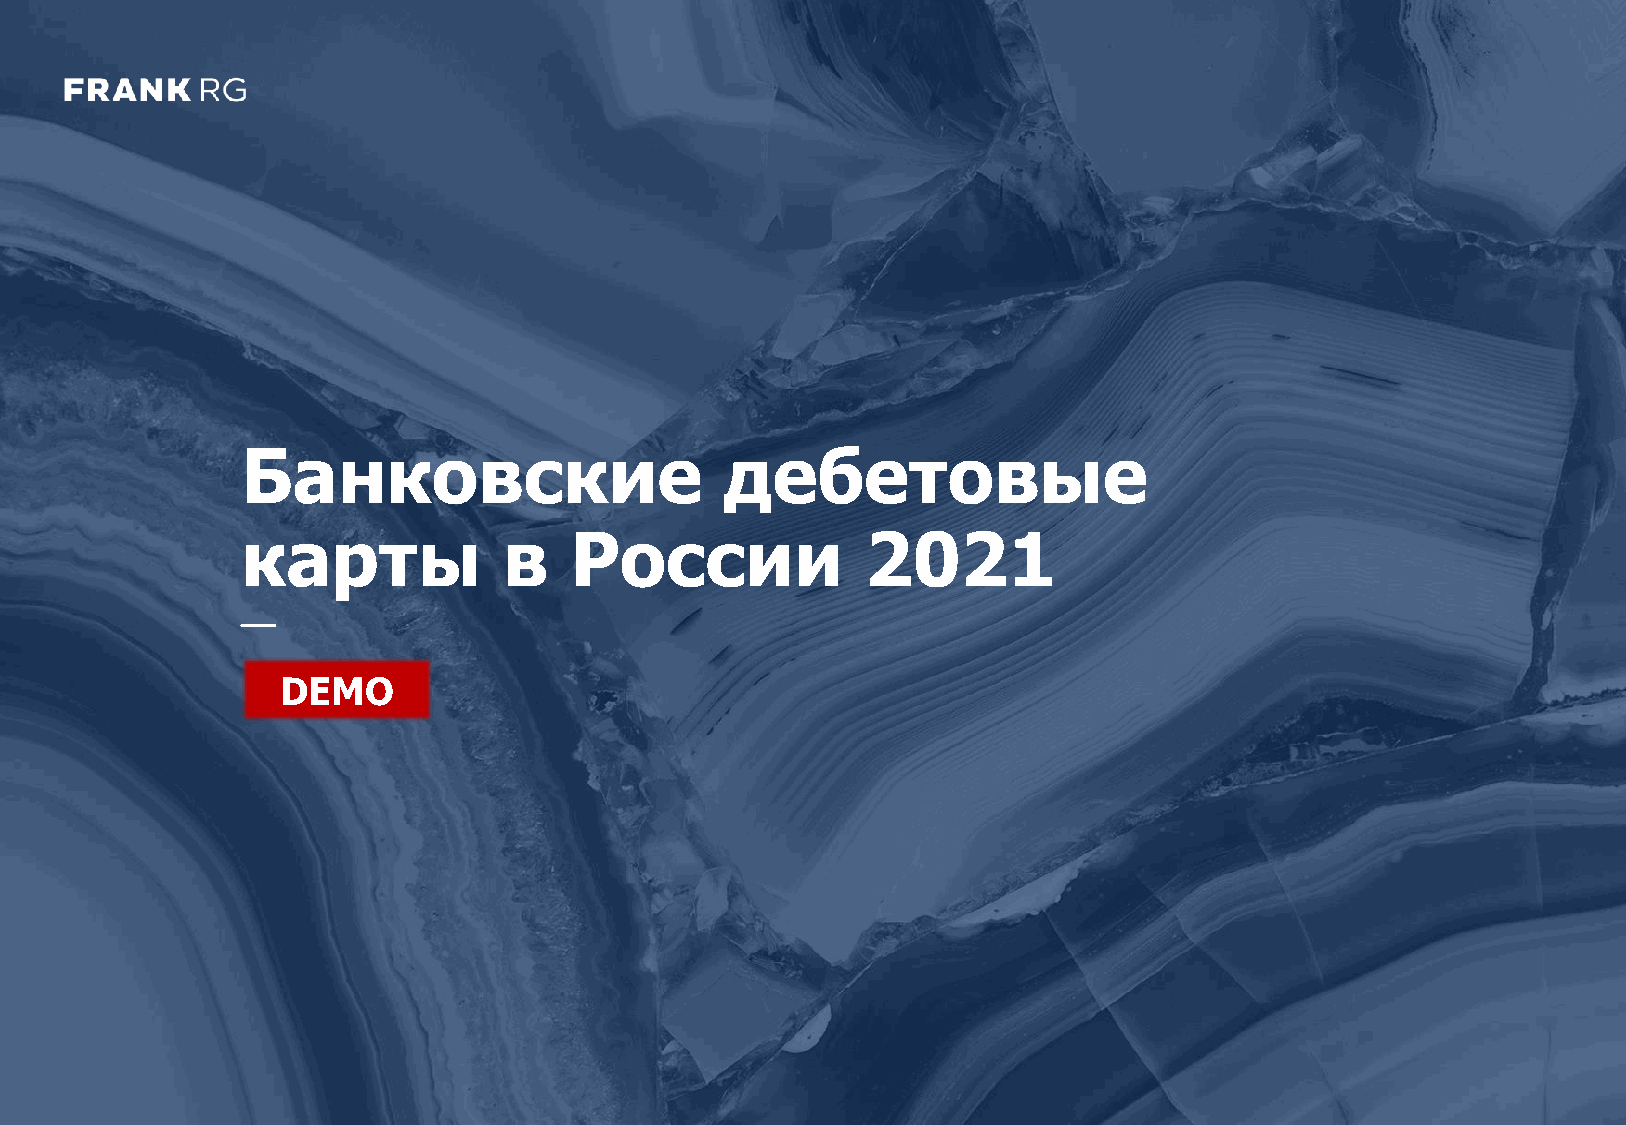
DEMO: Банковские дебетовые карты в России 2021 1
 Банковские                      дебетовые
 карты            в    России             2021
 DEMO
 O
 M
 E
 D
 1
 2
 C
 D
 G
 R
 F